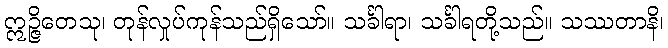
ဣဉ္ဇိတေသု၊ တုန်လှုပ်ကုန်သည်ရှိသော်။ သင်္ခါရာ၊ သင်္ခါရတို့သည်။ သဿတာနိ၊